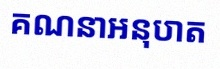
គណនាអនុបាត